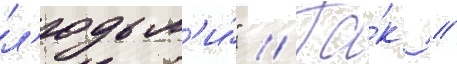
л'юдьм'и́" // Та́к /